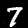
Label: 7